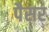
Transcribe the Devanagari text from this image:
पैसर